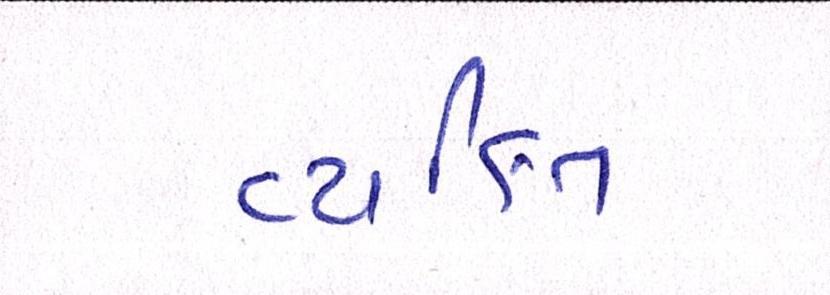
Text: વ્યક્તિ